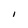
Character: l